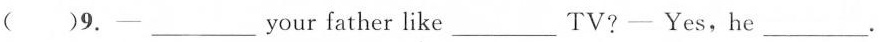
()9.-___ your father like ___ TV? - Yes, he ___.